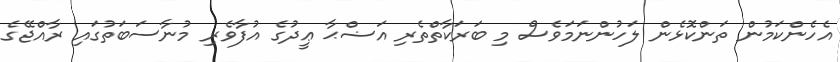
އެހެންކަމުން ތަންކޮޅެން ލަހުންނަމަވެސް މި ބަރަކާތްތެރި އަޟްޙާ ޢީދުގެ އުފާވެރި މުނާސަބަތުގައި ރާއްޖޭގެ